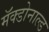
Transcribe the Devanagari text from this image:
मॅक्डोनाल्ड